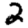
Digit: 2